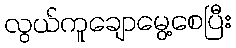
လွယ်ကူချောမွေ့စေပြီး